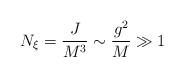
LaTeX: \begin{align*}N_\xi = {J \over M^3}\sim {g^2 \over M} \gg 1\end{align*}